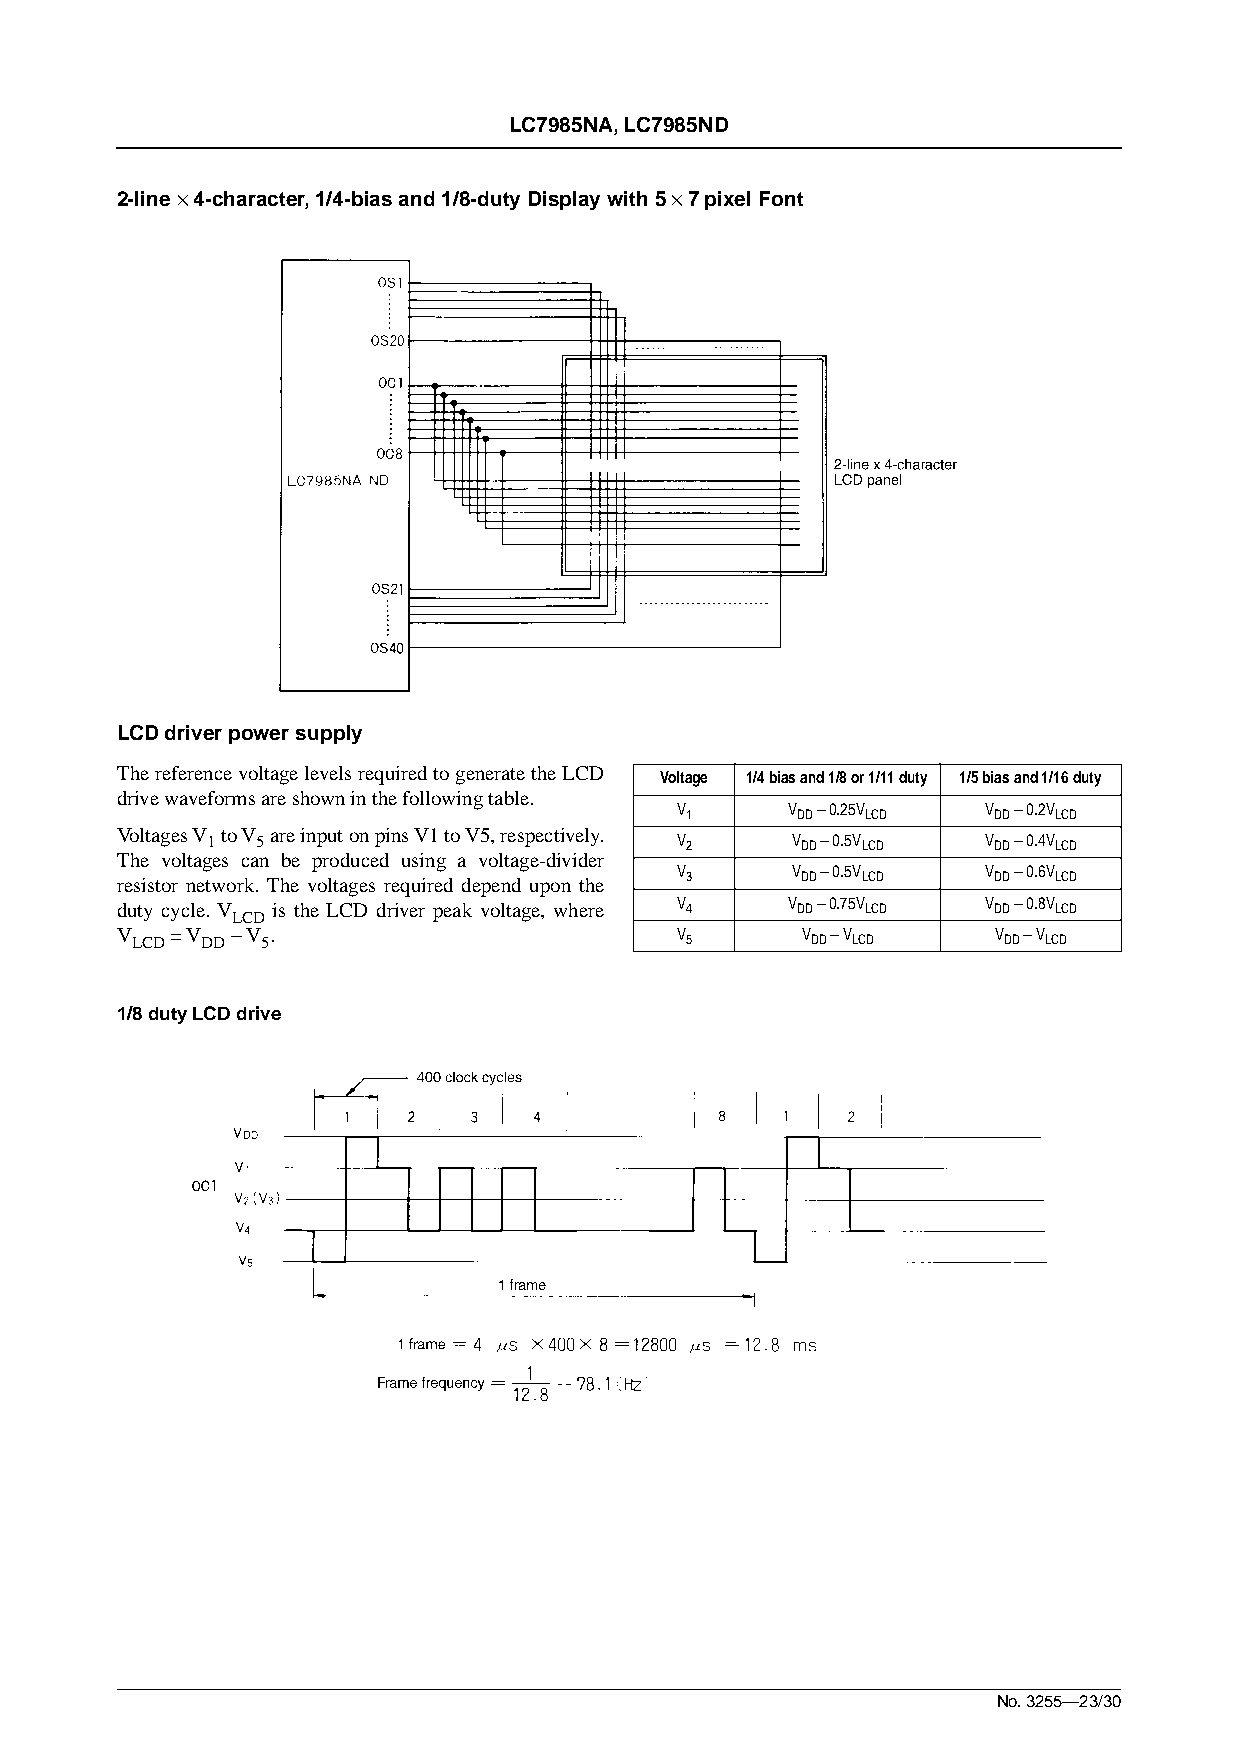
LC7985NA, LC7985ND
 2-line · 4-character, 1/4-bias and 1/8-duty Display with 5 · 7 pixel Font
 LCD driver power supply
 The reference voltage levels required to generate the LCD
 Voltage 1/4 bias and 1/8 or 1/11 duty 1/5 bias and 1/16 duty
 drive waveforms are shown in the following table.
 V      V - 0.25V    V - 0.2V
 1       DD  LCD      DD  LCD
 Voltages V 1 to V 5 are input on pins V1 to V5, respectively. V 2 V DD - 0.5V LCD V DD - 0.4V LCD
 The voltages can be produced using a voltage-divider
 V      V - 0.5V     V - 0.6V
 resistor network. The voltages required depend upon the 3 DD LCD DD LCD
 duty cycle. V is the LCD driver peak voltage, where V 4 V DD - 0.75V LCD V DD - 0.8V LCD
 LCD
 V  = V - V .                         V       V - V        V - V
 LCD DD  5                           5        DD LCD      DD LCD
 1/8 duty LCD drive
 No. 3255—23/30